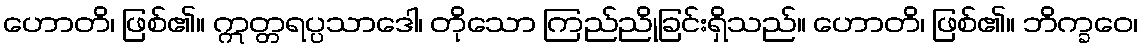
ဟောတိ၊ ဖြစ်၏။ ဣတ္တရပ္ပသာဒေါ၊ တိုသော ကြည်ညိုခြင်းရှိသည်။ ဟောတိ၊ ဖြစ်၏။ ဘိက္ခဝေ၊